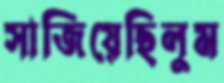
সাজিয়েছিলুম